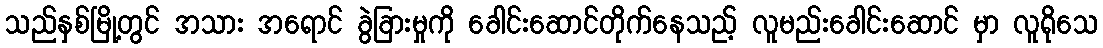
သည်နှစ်မြို့တွင် အသား အရောင် ခွဲခြားမှုကို ခေါင်းဆောင်တိုက်နေသည့် လူမည်းခေါင်းဆောင် မှာ လူရိုသေ